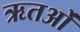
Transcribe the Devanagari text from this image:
ऋतओं